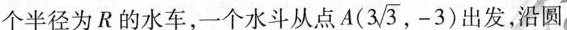
个半径为R的水车，一个水斗从点A(3 \sqrt{3},-3) 出发，沿圆